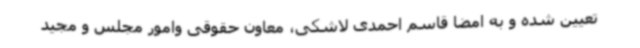
تعیین شده و به امضا قاسم احمدی لاشکی، معاون حقوقی وامور مجلس و مجید